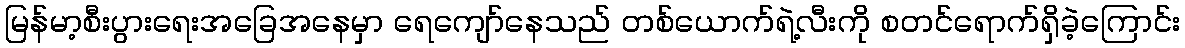
မြန်မာ့စီးပွားရေးအခြေအနေမှာ ရေကျော်နေသည် တစ်ယောက်ရဲ့လီးကို စတင်ရောက်ရှိခဲ့ကြောင်း